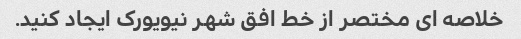
خلاصه ای مختصر از خط افق شهر نیویورک ایجاد کنید.